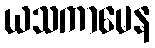
ယသကာမေန